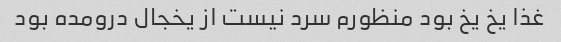
غذا یخ یخ بود منظورم سرد نیست از یخجال درومده بود